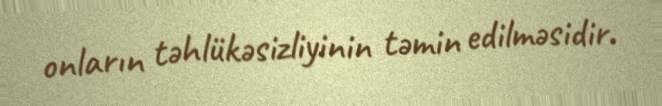
onların təhlükəsizliyinin təmin edilməsidir.